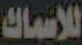
للأسماك